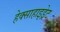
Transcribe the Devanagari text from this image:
हेक्साहाइड्रेट